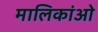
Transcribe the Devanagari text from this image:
मालिकांओ